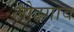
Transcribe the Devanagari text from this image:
लोह्गाव